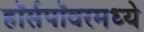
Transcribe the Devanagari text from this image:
हॉर्सपॉवरमध्ये